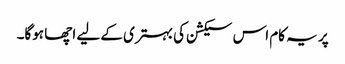
پر یہ کام اس سیکشن کی بہتری کے لیے اچھا ہوگا۔